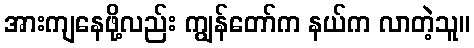
အားကျနေဖို့လည်း ကျွန်တော်က နယ်က လာတဲ့သူ။